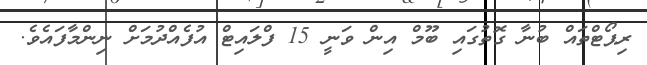
ރިޕޯޓްތައް ބުނާ ގޮތުގައި ބޫމް އިން ވަނީ 15 ފްލައިޓް އުފެއްދުމަށް ނިންމާފައެވެ.